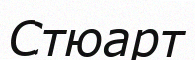
Стюарт